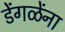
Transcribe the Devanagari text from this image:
डेंगळेंना